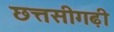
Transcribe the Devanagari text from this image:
छत्तसीगढ़ी